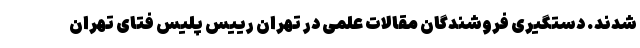
شدند. دستگیری فروشندگان مقالات علمی در تهران رییس پلیس فتای تهران